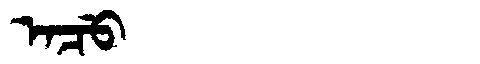
Manchu: ᠠᠴᡠ
Romanization: ACU